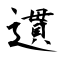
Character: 遦